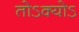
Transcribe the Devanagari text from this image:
तोऽक्योऽ